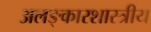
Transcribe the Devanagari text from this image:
अलङ्कारशास्त्रीय